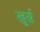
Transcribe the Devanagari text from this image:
खुर्स्न